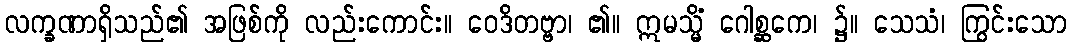
လက္ခဏာရှိသည်၏ အဖြစ်ကို လည်းကောင်း။ ဝေဒိတဗ္ဗာ၊ ၏။ ဣမသ္မိံ ဂေါစ္ဆကေ၊ ၌။ သေသံ၊ ကြွင်းသော